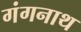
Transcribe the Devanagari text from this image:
गंगनाथ